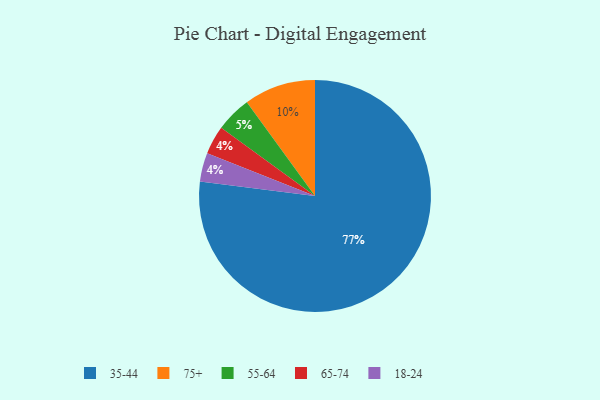
{"axis": {"x": "Category", "y": "Percentage"}, "legend": ["18-24", "35-44", "55-64", "65-74", "75+"], "data": [{"x": "75+", "y": 10, "type": "75+"}, {"x": "35-44", "y": 77, "type": "35-44"}, {"x": "65-74", "y": 4, "type": "65-74"}, {"x": "55-64", "y": 5, "type": "55-64"}, {"x": "18-24", "y": 4, "type": "18-24"}]}